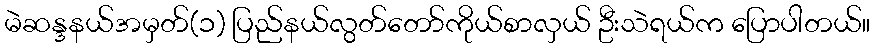
မဲဆန္ဒနယ်အမှတ်(၁) ပြည်နယ်လွတ်တော်ကိုယ်စာလှယ် ဦးသဲရယ်က ပြောပါတယ်။